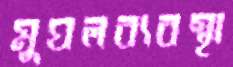
মুঘলব্যবস্থা